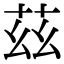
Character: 茲